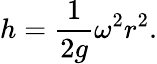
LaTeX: h={\frac{1}{2g}}\omega^{2}r^{2}.